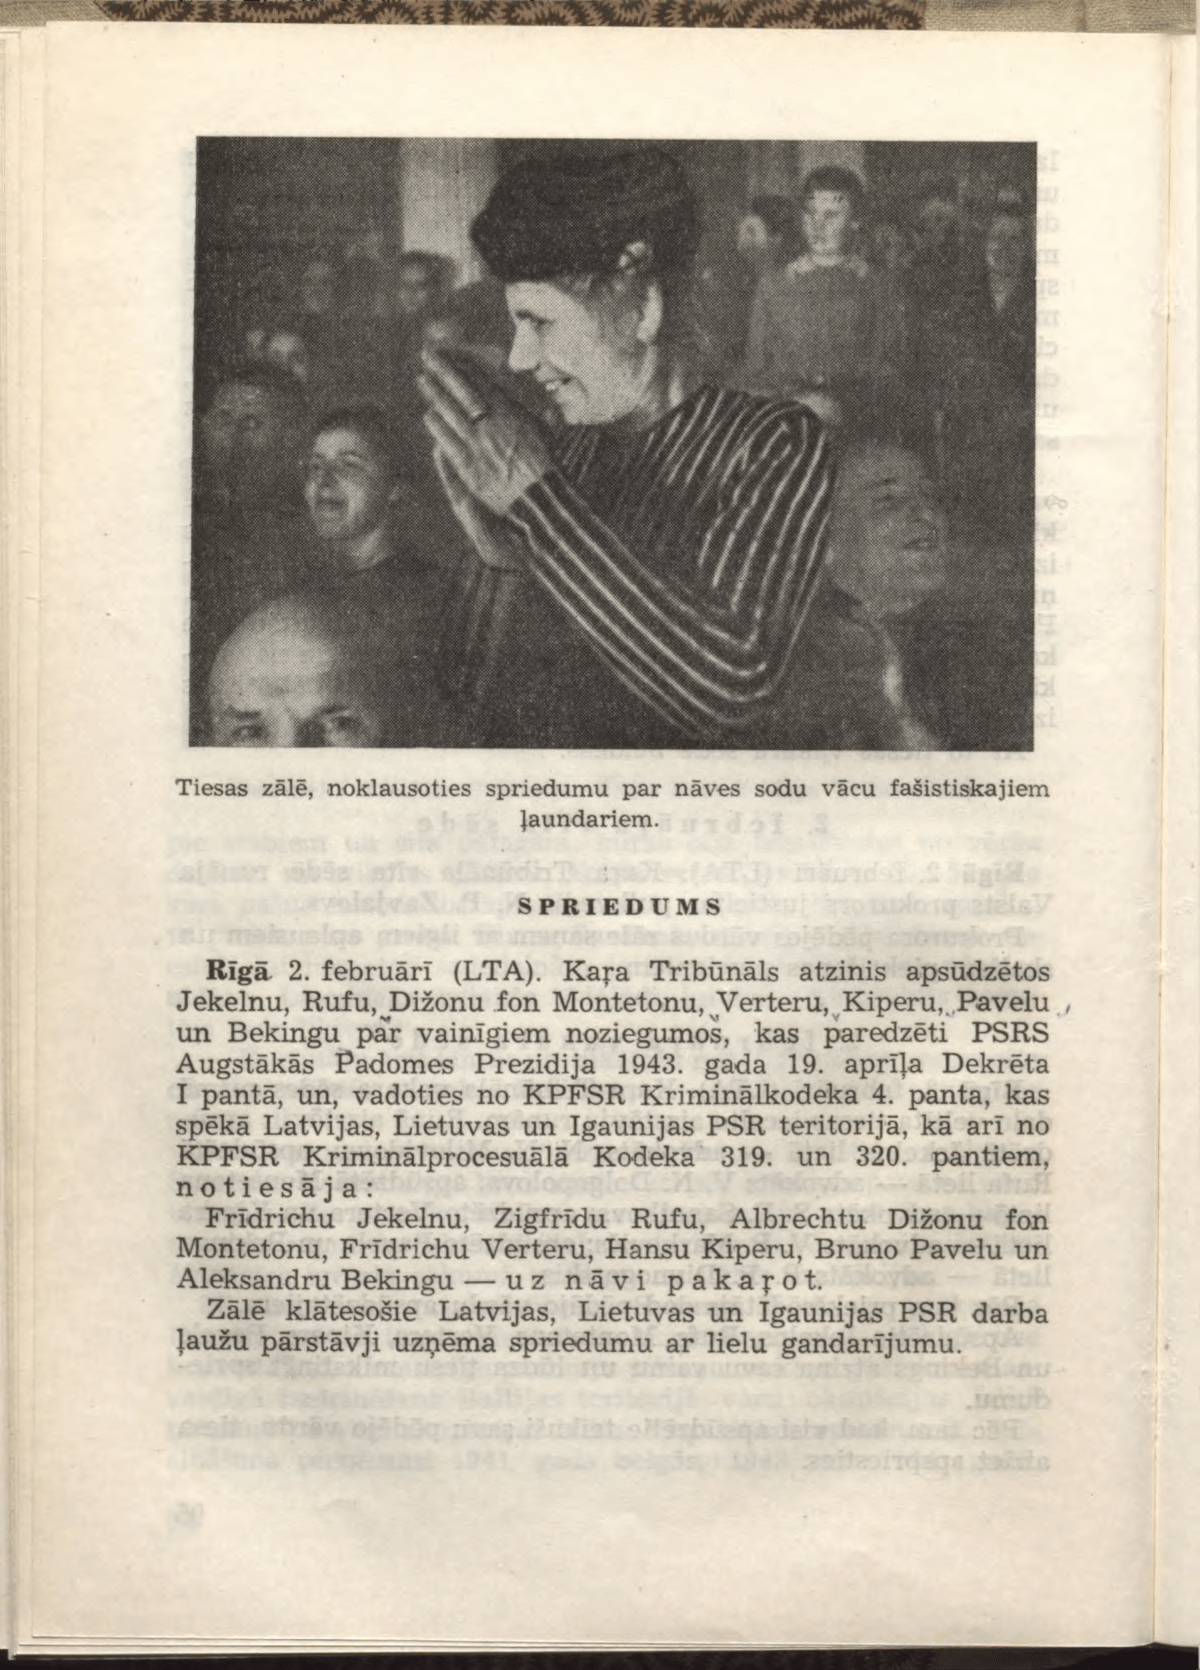
Language: lv